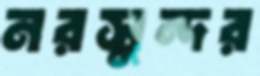
নরসুন্দর